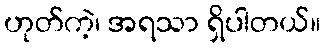
ဟုတ်ကဲ့၊ အရသာ ရှိပါတယ်။